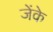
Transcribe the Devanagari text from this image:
जेंके